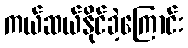
ကယ်ဆယ်နိုင်ခဲ့ကြောင်း